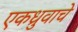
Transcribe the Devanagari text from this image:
एकध्रुवाचे